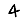
Digit: 4